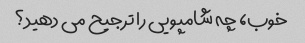
خوب، چه شامپویی را ترجیح می دهید؟